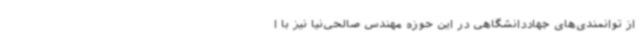
از توانمندی‌های جهاددانشگاهی در این حوزه مهندس صالحی‌نیا نیز با ا